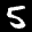
Digit: 5